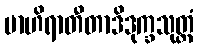
ဗာဟိရာတီတာဒိဒုက္ခသုတ္တံ